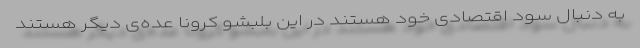
به دنبال سود اقتصادی خود هستند در این بلبشو کرونا عده‌ی دیگر هستند